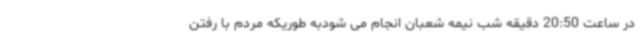
در ساعت 20:50 دقیقه شب نیمه شعبان انجام می شودبه طوریکه مردم با رفتن